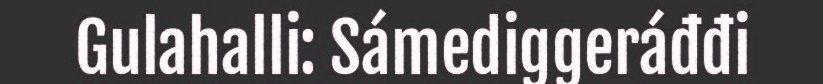
Gulahalli: Sámediggeráđđi